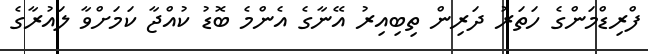
ފްރިޑްމަންގެ ހަތަރު ދަރިން ތިބިއިރު އޭނާގެ އެންމެ ބޮޑު ކުއްޖާ ކަމަށްވާ ލައުރާގެ